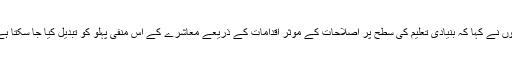
انہوں نے کہا کہ بنیادی تعلیم کی سطح پر اصلاحات کے موثر اقدامات کے ذریعے معاشرے کے اس منفی پہلو کو تبدیل کیا جا سکتا ہے ۔